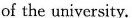
of the university.